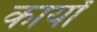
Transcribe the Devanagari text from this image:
कार्योंं